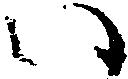
い